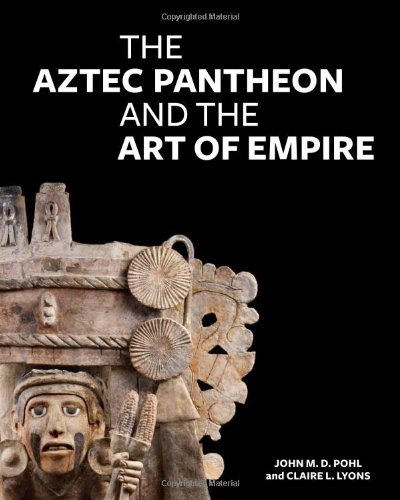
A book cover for The Aztec Pantheon and the Art of Empire; John Pohl; History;